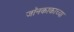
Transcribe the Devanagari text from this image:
जॉनकाकाच्या